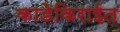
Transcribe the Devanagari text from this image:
काडेकिराईत